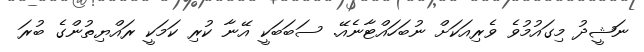
ނަޝީދު މިގަައުމުވެ ވެރިއަކަށް ނުބަހައްޓާނެއޭ. ސަބަބަކީ އޭނާ ކުރި ކަމަކީ ރައްޔިތުންގެ ބުރަ